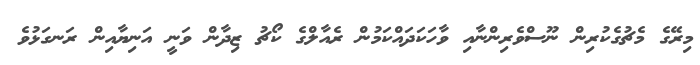
މިރޭގެ މެޗުގެކުރިން ނޫސްވެރިންނާއި ވާހަކަދައްކަމުން ރެއާލްގެ ކޯޗު ޒިދާން ވަނީ އަނިޔާއިން ރަނގަޅުވެ